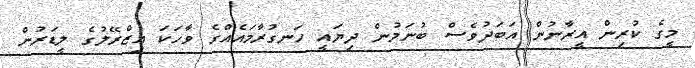
މީގެ ކުރިން އީރާނުން އަބަދުވެސް ބުނަމުން ދިޔައީ ހަނގުރާމައެއްގެ ވާހަކަ އިޒްރޭލުގެ ލީޑަރުން